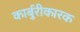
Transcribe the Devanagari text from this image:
कार्बुरीकारक